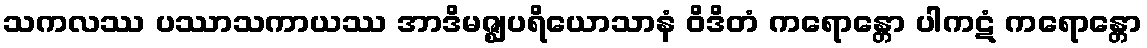
သကလဿ ပဿာသကာယဿ အာဒိမဇ္ဈပရိယောသာနံ ဝိဒိတံ ကရောန္တော ပါကဋံ ကရောန္တော